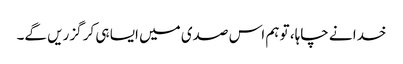
خدا نے چاہا، تو ہم اس صدی میں ایسا ہی کر گزریں گے۔